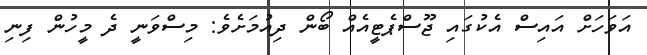
އަވަހަށް އައިސް އެކުގައި ޖޫސްޕެޓީއެއް ބޯން ދިއުމަށެވެ: މިސްވަނީ ދެ މީހުން ފިނި